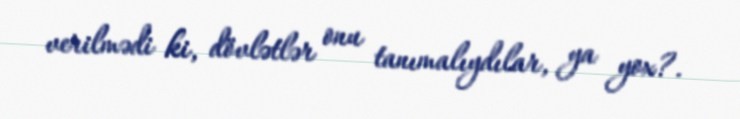
verilmədi ki, dövlətlər onu tanımalıydılar, ya yox?.